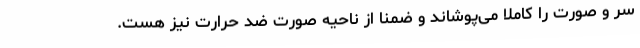
سر و صورت را کاملا می‌پوشاند و ضمنا از ناحیه صورت ضد حرارت نیز هست.